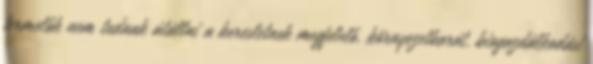
termelők nem tudnak átállni a keresletnek megfelelő, környezetbarát, biogazdálkodási